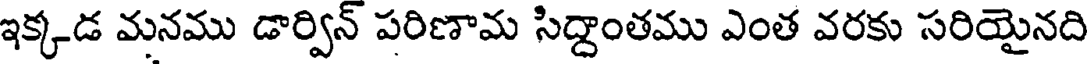
ఇక్కడ మనము డార్విన్ పరిణామ సిద్దాంతము ఎంత వరకు సరియైనది